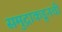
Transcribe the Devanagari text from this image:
समुद्राकडूनची